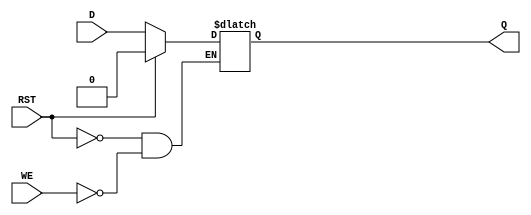
module async_register (
    input wire D,        // Data input
    input wire WE,       // Write Enable
    input wire RST,      // Asynchronous Reset
    output reg Q         // Data output
);

// Asynchronous reset and write operation
always @(*) begin
    if (RST) begin
        Q <= 1'b0;       // Reset the output to 0
    end else if (WE) begin
        Q <= D;          // Capture the input data
    end
    // If neither RST nor WE are asserted, Q retains its last value (hold state)
end

endmodule